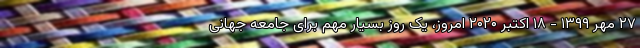
۲۷ مهر ۱۳۹۹ - ۱۸ اکتبر ۲۰۲۰ امروز، یک روز بسیار مهم برای جامعه جهانی